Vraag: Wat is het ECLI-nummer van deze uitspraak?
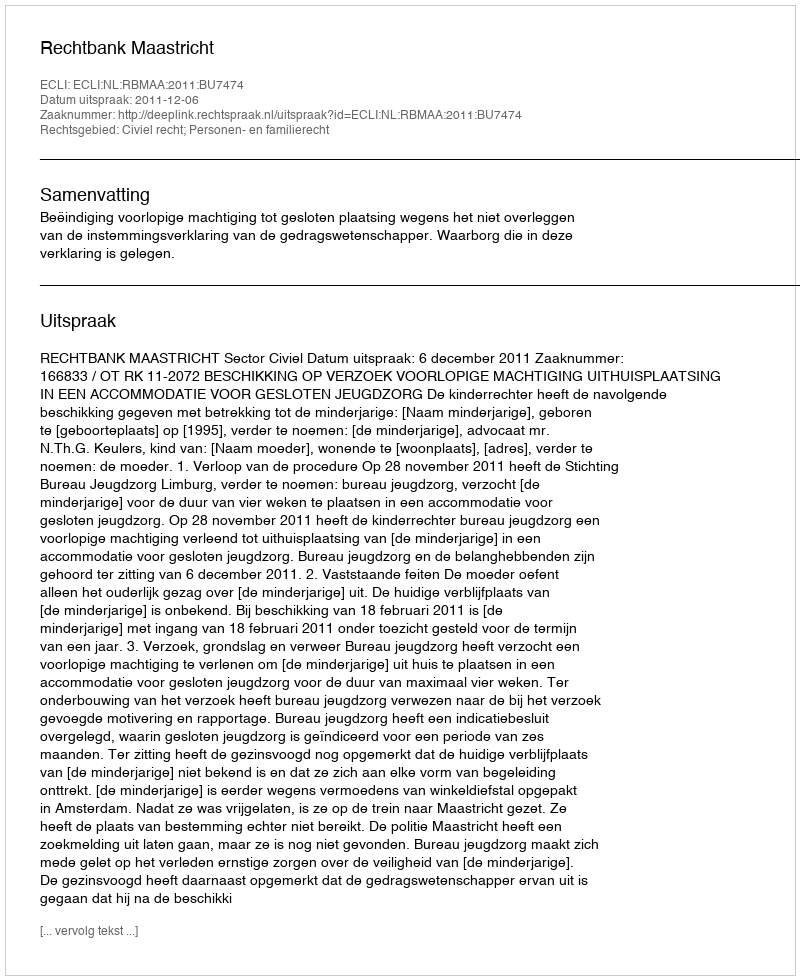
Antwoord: ECLI:NL:RBMAA:2011:BU7474